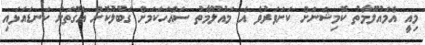
މިއީ އެމައުލޫމާތު ކޮމިޝަނަށް ކަށަވަރުވެ އެ މައުލޫމާތު ސައްހަކަމަށް ގަބޫލުކޮށް އެގޮތަށް ކަނޑައަޅައި